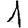
Digit: 1